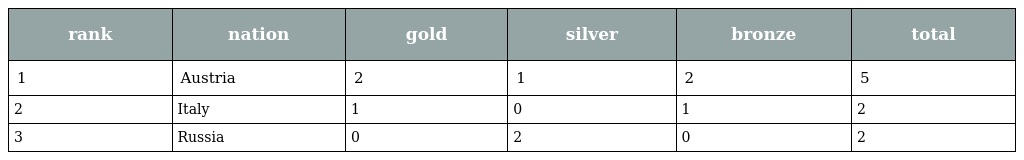
| rank | nation | gold | silver | bronze | total |
 | --- | --- | --- | --- | --- | --- |
 | 1 | Austria | 2 | 1 | 2 | 5 |
 | 2 | Italy | 1 | 0 | 1 | 2 |
 | 3 | Russia | 0 | 2 | 0 | 2 |